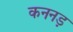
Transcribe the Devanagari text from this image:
कननड़